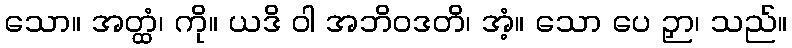
သော။ အတ္ထံ၊ ကို။ ယဒိ ဝါ အဘိဝဒတိ၊ အံ့။ သော ပေ ဉှာ၊ သည်။